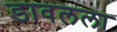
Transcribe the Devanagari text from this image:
डावलला